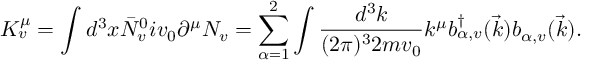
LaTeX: K _ { v } ^ { \mu } = \int d ^ { 3 } x \bar { \cal N } _ { v } ^ { 0 } i v _ { 0 } \partial ^ { \mu } { \cal N } _ { v } = \sum _ { \alpha = 1 } ^ { 2 } \int \frac { d ^ { 3 } k } { ( 2 \pi ) ^ { 3 } 2 m v _ { 0 } } k ^ { \mu } b _ { \alpha , v } ^ { \dagger } ( \vec { k } ) b _ { \alpha , v } ( \vec { k } ) .